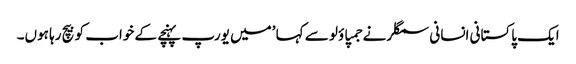
ایک پاکستانی انسانی سمگلر نے جمپاؤلو سے کہا ’میں یورپ پہنچے کے خواب کو بیچ رہا ہوں۔